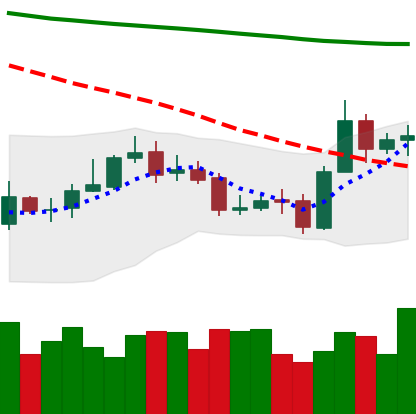
Ticker: ETC-USD
Chart end date: 2020-10-25
Forward return: -5.246%
Label: down_5_7